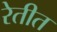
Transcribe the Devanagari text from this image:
रेतीत